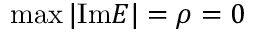
\operatorname* { m a x } | \mathrm { I m } E | = \rho = 0